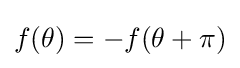
f(\theta )=-f(\theta +\pi )